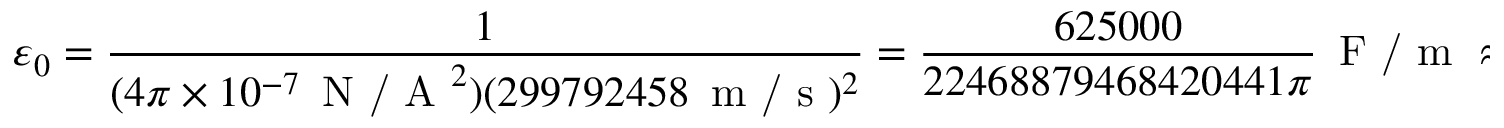
\varepsilon _ { 0 } = { \frac { 1 } { ( 4 \pi \times 1 0 ^ { - 7 } \, { \textrm { N / A } } ^ { 2 } ) ( 2 9 9 7 9 2 4 5 8 \, { \textrm { m / s } } ) ^ { 2 } } } = { \frac { 6 2 5 0 0 0 } { 2 2 4 6 8 8 7 9 4 6 8 4 2 0 4 4 1 \pi } } \, { \textrm { F / m } } \approx 8 . 8 5 4 1 8 7 8 1 7 6 2 0 3 9 \times 1 0 ^ { - 1 2 } \, { \textrm { F } } { \cdot } { \textrm { m } } ^ { - 1 }